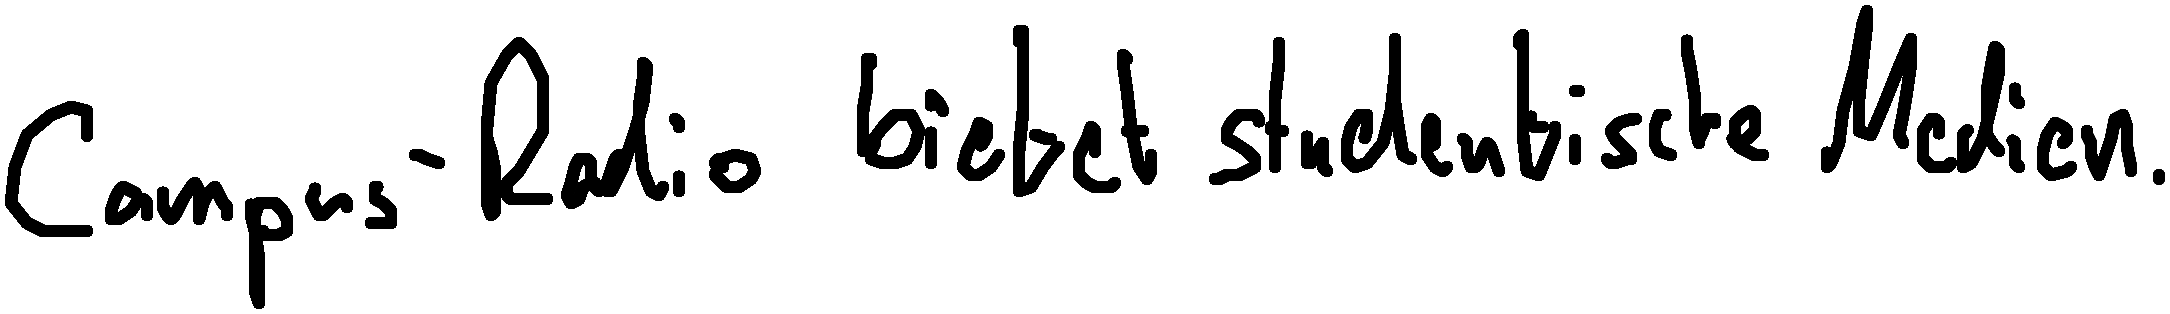
Campus-Radio bietet studentische Medien.